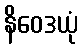
နိဝေဒယုံ